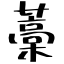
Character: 藁